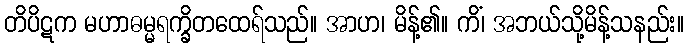
တိပိဋက မဟာဓမ္မရက္ခိတထေရ်သည်။ အာဟ၊ မိန့်၏။ ကိံ၊ အဘယ်သို့မိန့်သနည်း။